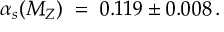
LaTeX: \alpha _ { s } ( M _ { Z } ) \; = \; 0 . 1 1 9 \pm 0 . 0 0 8 \, .